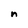
Character: n